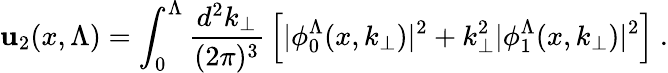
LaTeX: \mathbf{u}_{2}(x,\Lambda)=\int_{0}^{\Lambda}{\frac{{d^{2}k_{\perp}}}{{(2\pi)^{3}}}}\left[|\phi_{0}^{\Lambda}(x,k_{\perp})|^{2}+k_{\perp}^{2}|\phi_{1}^{\Lambda}(x,k_{\perp})|^{2}\right]\ .